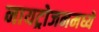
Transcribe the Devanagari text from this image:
नायट्रोजनमध्ये